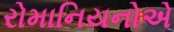
રોમાનિયનોએ